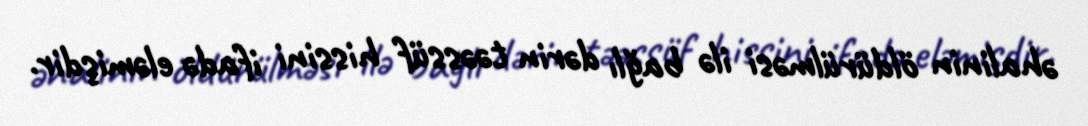
əhalinin öldürülməsi ilə bağlı dərin təəssüf hissini ifadə eləmişdir.